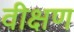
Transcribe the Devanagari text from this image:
वीक्षण